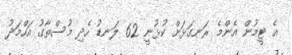
އެ ޓީމުން އެންމެ ރަނގަޅަށް ކުޅުނީ 62 ލަނޑު ހެދި މުސްތާގު އަހްމަދު